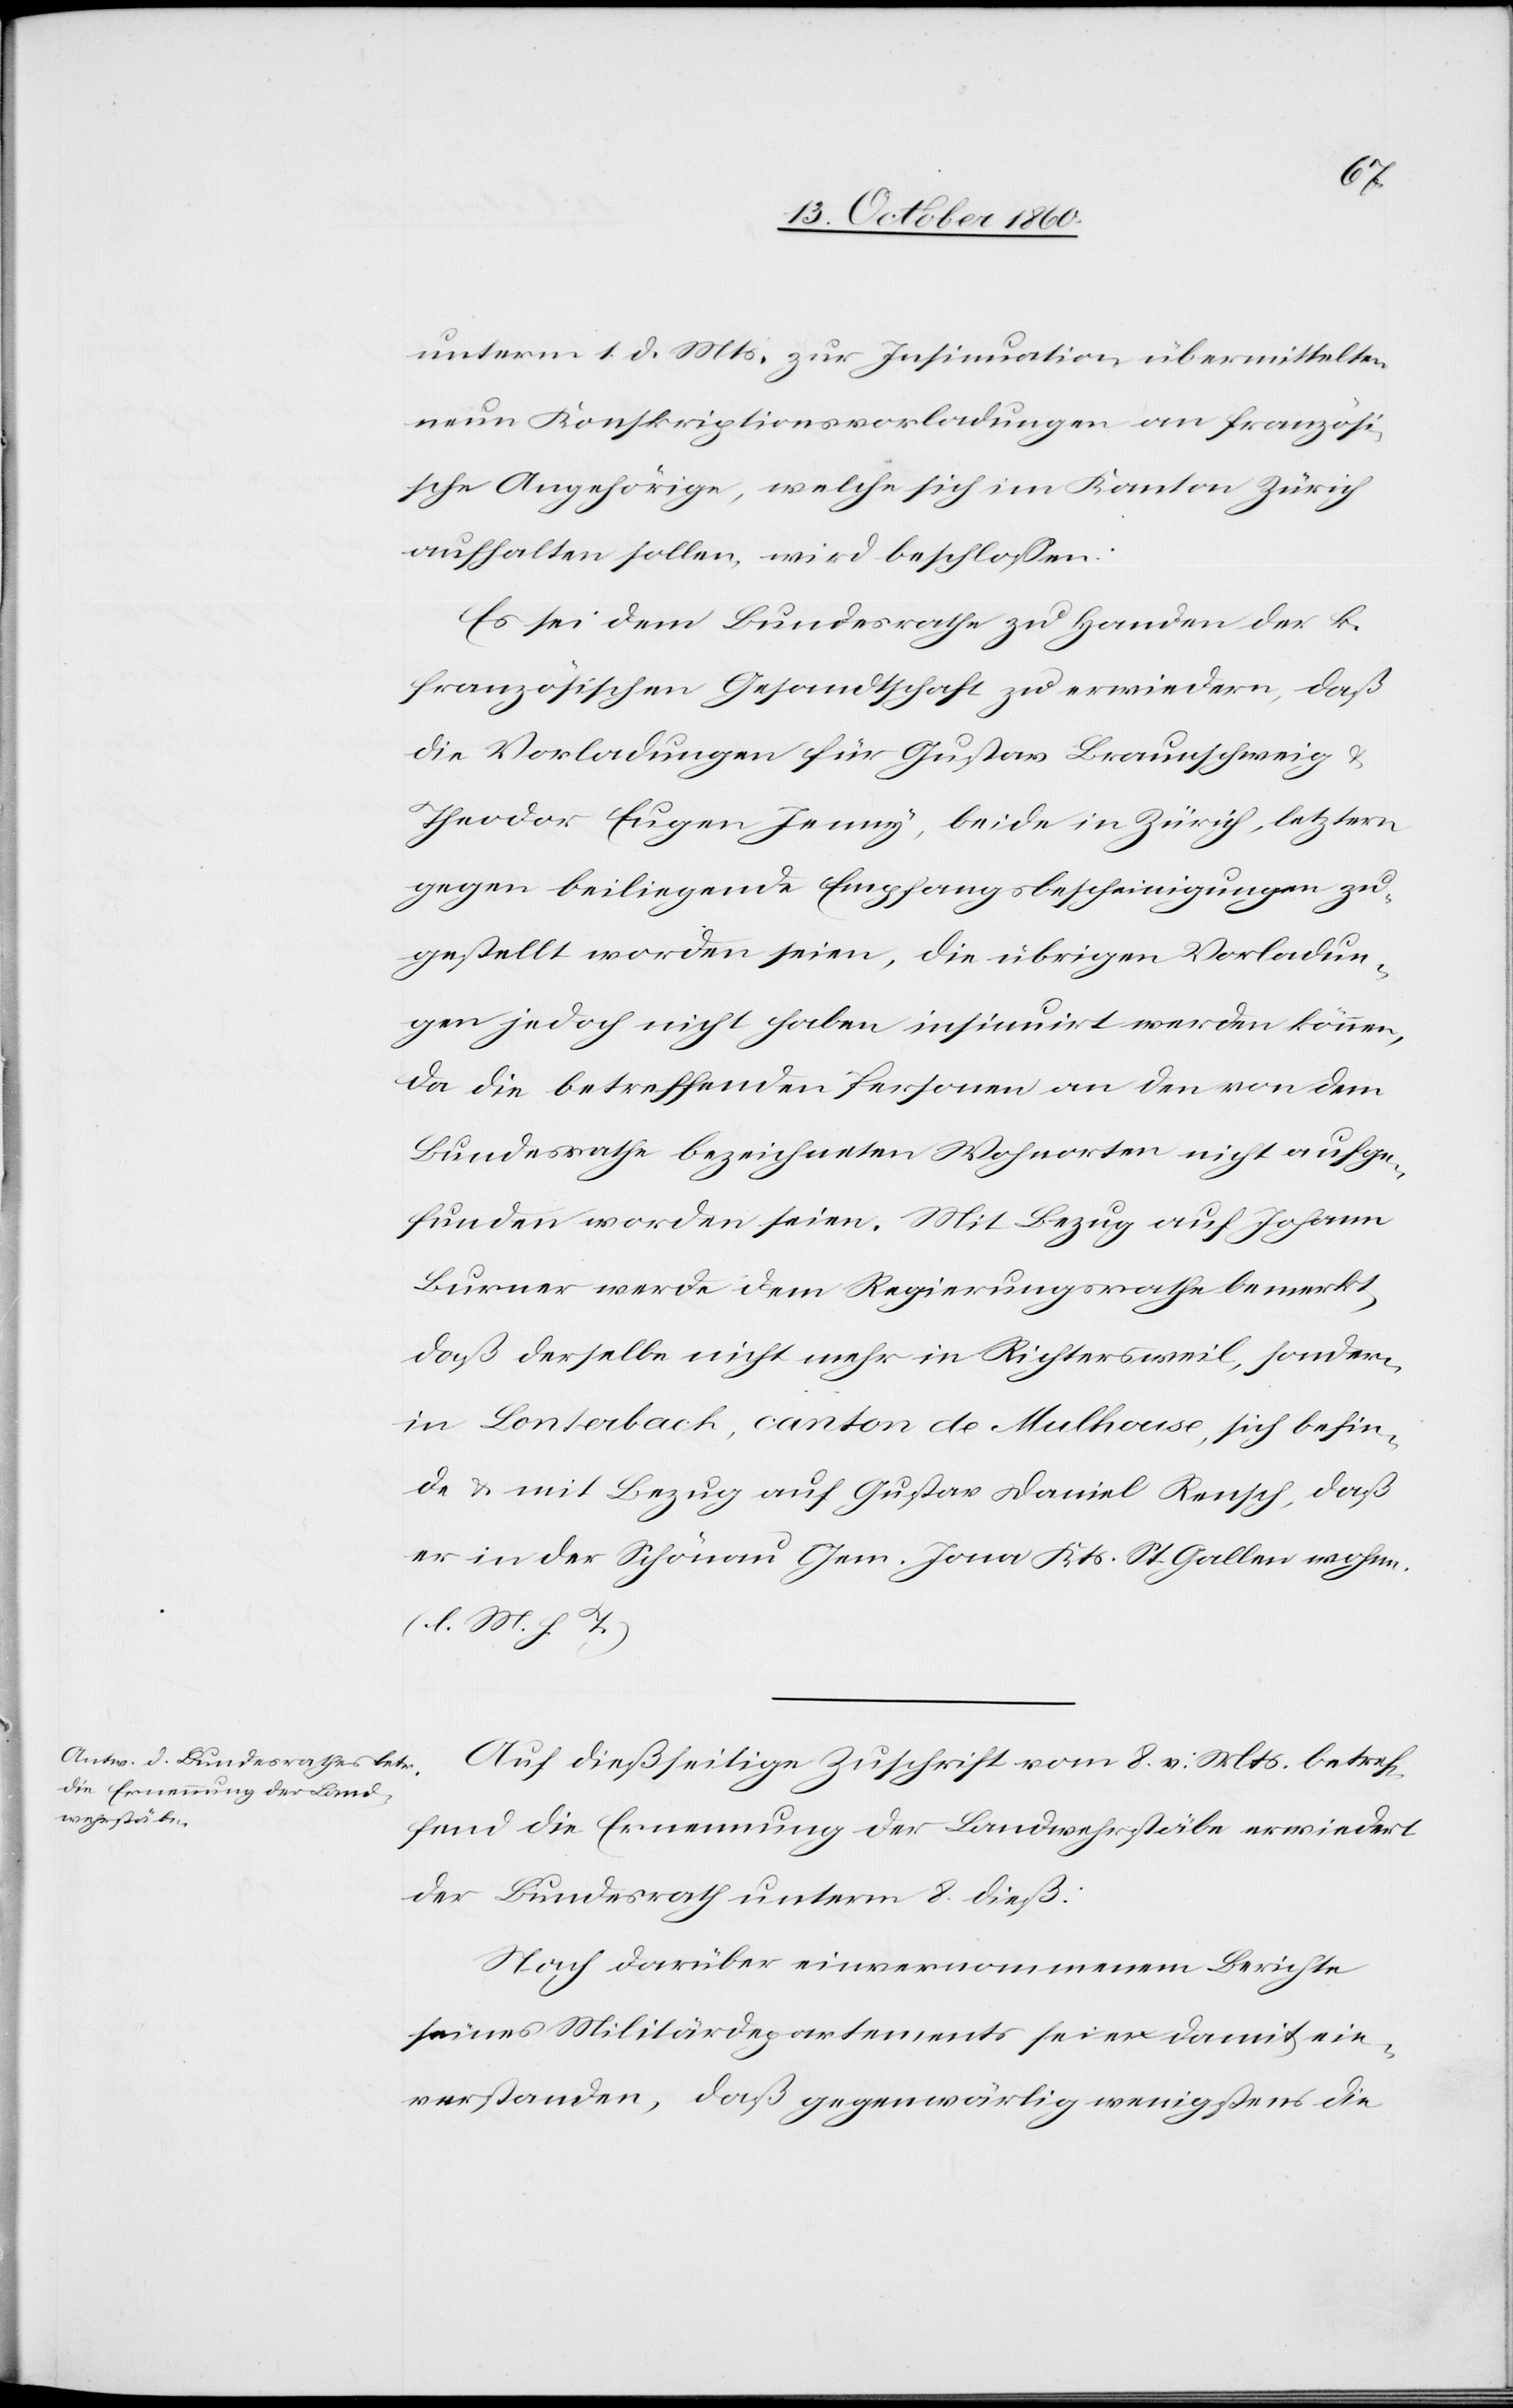
unterm 1. d. Mts. zur Insinuation übermittelten
neuen Konskriptionsvorladungen an französi¬
sche Angehörige, welche sich im Kanton Zürich
aufhalten sollen, wird beschlossen:
Es sei dem Bundesrathe zu Handen der k.
französischen Gesandtschaft zu erwiedern, daß
die Vorladungen für Gustav Braunschweig u.
Theodor Eugen Jenny, beide in Zürich, letztern
gegen beiliegende Empfangsbescheinigungen zu¬
gestellt worden seien, die übrigen Vorladun¬
gen jedoch nicht haben insinuirt werden können,
da die betreffenden Personen an den von dem
Bundesrathe bezeichneten Wohnorten nicht aufge¬
funden worden seien. Mit Bezug auf Johann
Burner werde dem Regierungsrath bemerkt,
daß derselbe nicht mehr in Richtersweil, sondern
in Lonterback, canton de Mulhouse, sich befin¬
de u. mit Bezug auf Gustav Daniel Rensch, daß
er in der Schönau Gem. Jona Kts. St. Gallen wohne.
(l. M. h. T.)
Auf dießseitige Zuschrift vom 8. v. Mts. betref¬
fend die Ernennung der Landwehrstäbe erwiedert
der Bundesrath unterm 8. dieß:
Nach darüber einvernommenem Berichte
seines Militärdepartements sei er damit ein¬
verstanden, daß gegenwärtig wenigstens die